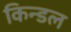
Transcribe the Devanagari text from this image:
किन्डल